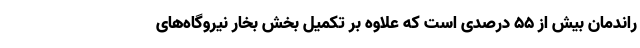
راندمان بیش از ٥٥ درصدى است که علاوه بر تکمیل بخش بخار نیروگاه‌های